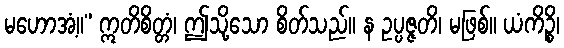
မဟောအံ့။” ဣတိစိတ္တံ၊ ဤသို့သော စိတ်သည်။ န ဥပ္ပဇ္ဇတိ၊ မဖြစ်။ ယံကိဉ္စိ၊